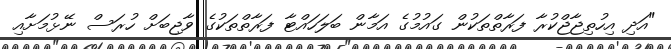
"އަދި އިހުތިޖާޖްކުރާ ފަރާތްތަކުން ގައުމުގެ އަމާން ބަލަހައްޓާ ފަރާތްތަކުގެ ވާޖިބަށް ހުރަސް ނޭޅުމަށާއި